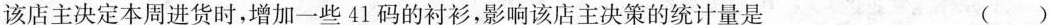
该店主决定本周进货时，增加一些41码的衬衫，影响该店主决策的统计量是（）